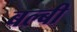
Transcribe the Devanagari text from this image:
बल्बी